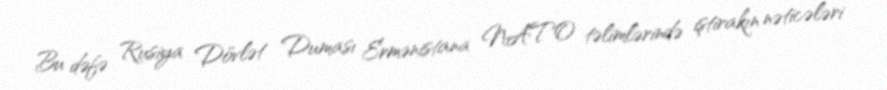
Bu dəfə Rusiya Dövlət Duması Ermənistana NATO təlimlərində iştirakın nəticələri